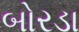
બોરડા